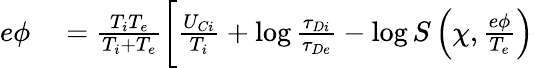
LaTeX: \begin{array}{rl}{e\phi}&{{}=\frac{T_{i}T_{e}}{T_{i}+T_{e}}\biggl[\frac{U_{Ci}}{T_{i}}+\log\frac{\tau_{Di}}{\tau_{De}}-\log S\left(\chi,\frac{e\phi}{T_{e}}\right)}\end{array}